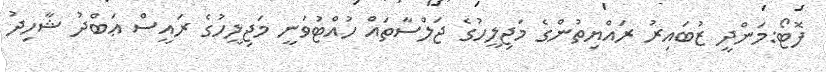
ފޮޓޯ:މަންދީ ޒުބައިރު ރައްޔިތުންގެ މަޖިލީހުގެ ޖަލްސާތައް ހުއްޓުވަނީ މަޖިލީހުގެ ރައީސް ޢަބްދު ޝާހިދު